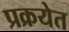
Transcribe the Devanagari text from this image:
प्रक्रयेत